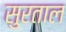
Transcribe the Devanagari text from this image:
सुरताल